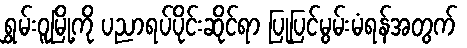
ရွှမ်းဝူမြို့ကို ပညာရပ်ပိုင်းဆိုင်ရာ ပြုပြင်မွမ်းမံရန်အတွက်